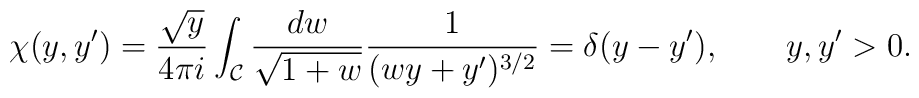
\chi(y,y') = \frac{\sqrt{y}}{4 \pi i} \int_{\cal C} \frac{dw }{\sqrt{1 + w}} \frac{1}{(w y + y')^{3/2}}= \delta(y-y'), \qquad y,y'>0.